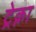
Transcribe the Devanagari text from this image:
ट्रेक्ना